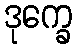
ဒုက္ခေ